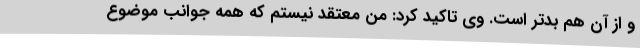
و از آن هم بدتر است. وی تاکید کرد: من معتقد نیستم که همه جوانب موضوع